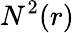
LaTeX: N^{2}(r)